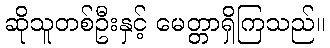
ဆိုသူတစ်ဦးနှင့် မေတ္တာရှိကြသည်။